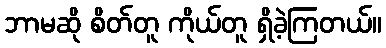
ဘာမဆို စိတ်တူ ကိုယ်တူ ရှိခဲ့ကြတယ်။